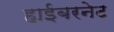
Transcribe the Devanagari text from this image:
हाईबरनेट